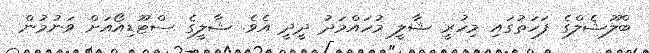
ބްލޫޝެލްގެ ފަހަތުގައި މިހުރީ ޝާލީ މުހައްމަދު ދީދީ އެވެ. ޝާލީގެ ސްޓޫޑިއޯއަށް ވަނުމުން